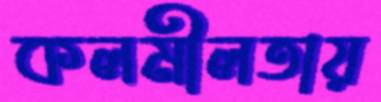
কলমীলতায়